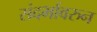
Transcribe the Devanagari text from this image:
संदर्भावरुन